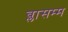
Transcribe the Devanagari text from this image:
ब्लासम्म